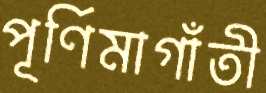
পূর্ণিমাগাঁতী